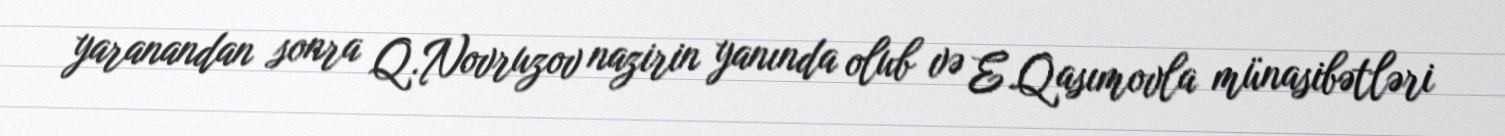
yaranandan sonra Q.Novruzov nazirin yanında olub və E.Qasımovla münasibətləri